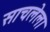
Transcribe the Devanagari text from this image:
साचलेला